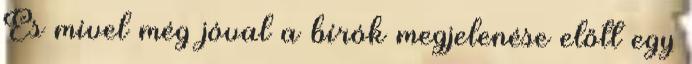
És mivel még jóval a bírók megjelenése előtt egy